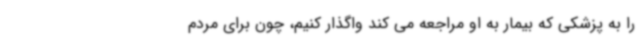
را به پزشکی که بیمار به او مراجعه می کند واگذار کنیم، چون برای مردم